65_HS1-834228961_62-HQ-83894_Section_1
Agency: FBI
Page 142
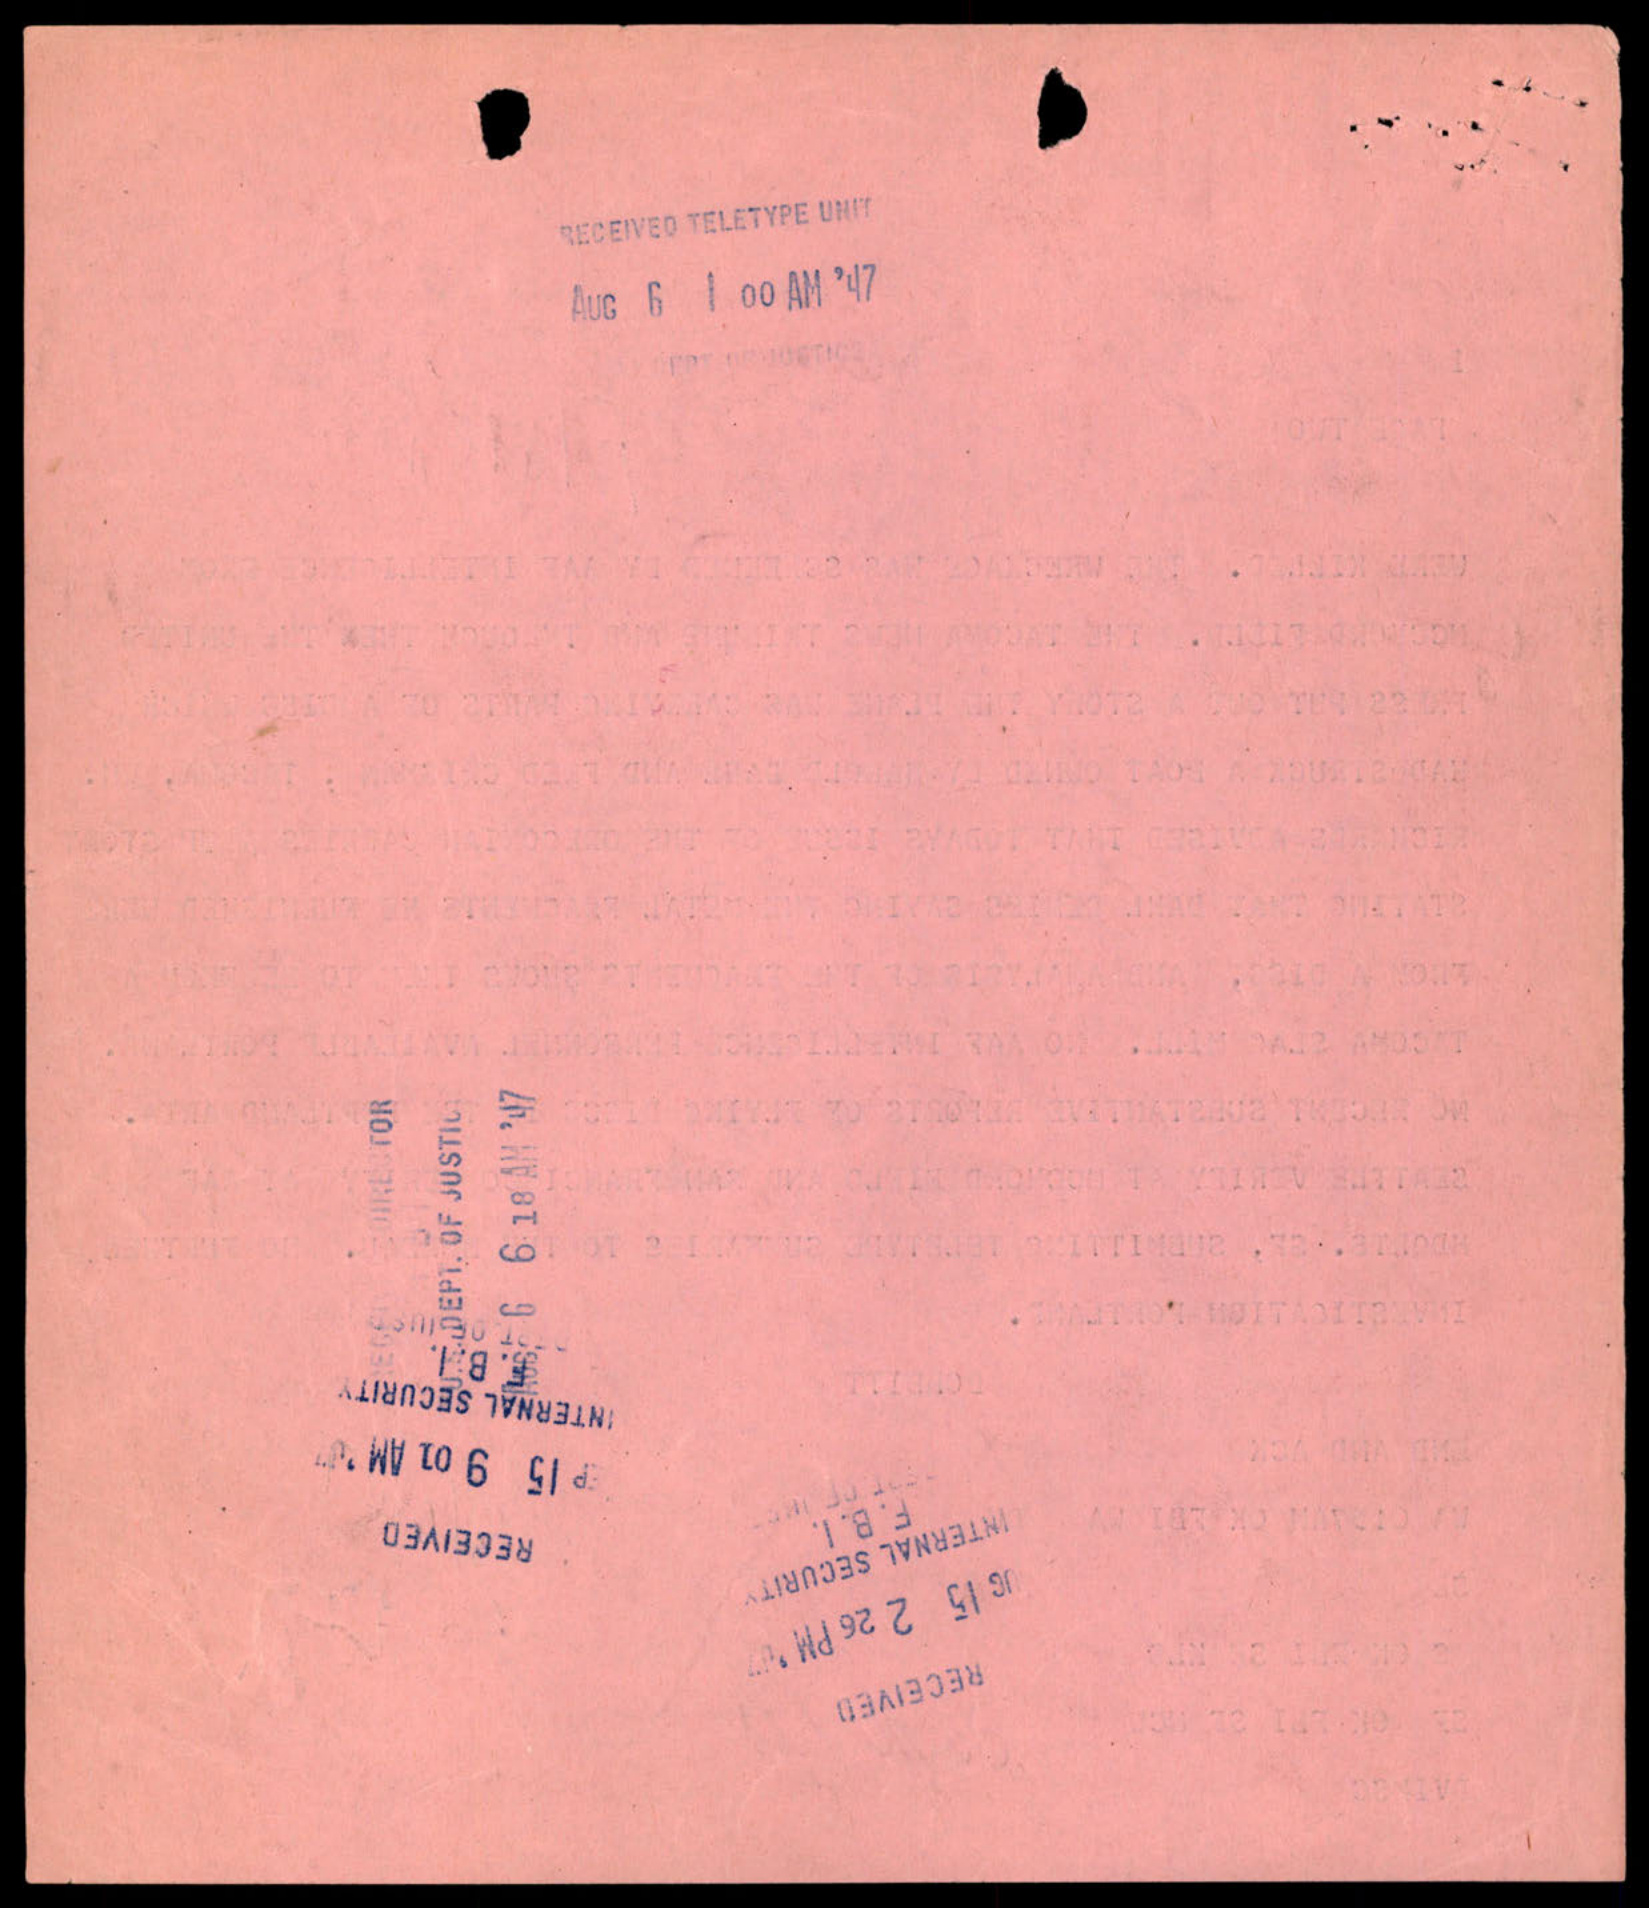